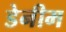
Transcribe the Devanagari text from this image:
डेनीम